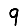
Digit: 9